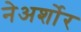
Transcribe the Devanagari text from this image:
नेअर्शोर